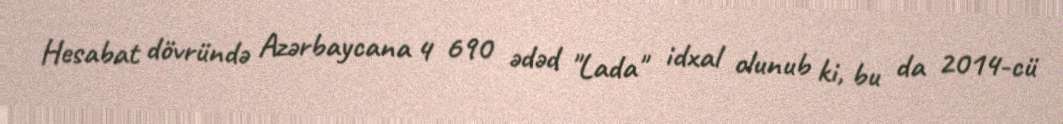
Hesabat dövründə Azərbaycana 4 690 ədəd "Lada" idxal olunub ki, bu da 2014-cü